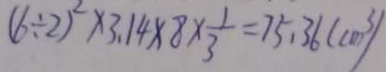
( 6 \div 2 ) ^ { 2 } \times 3 . 1 4 \times 8 \times \frac { 1 } { 3 } = 7 5 . 3 6 ( c m ^ { 3 } )